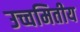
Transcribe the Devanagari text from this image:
उच्चमितीय